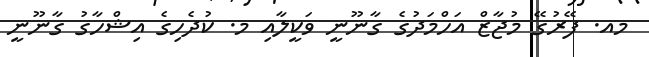
މއ. ފޭރުގޭ މުޖާޒް އަހްމަދުގެ ގާނޫނީ ވަކީލާއި މ. ކުދެހިގެ އިޝްހާގު ގާނޫނީ